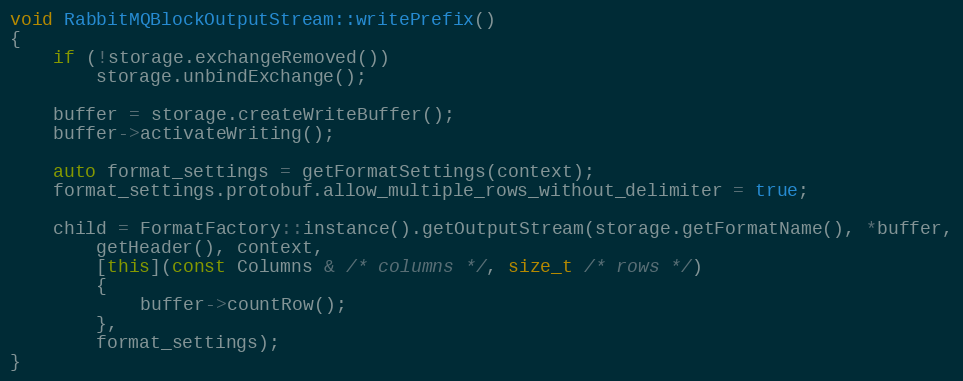
Language: C++
void RabbitMQBlockOutputStream::writePrefix()
{
    if (!storage.exchangeRemoved())
        storage.unbindExchange();

    buffer = storage.createWriteBuffer();
    buffer->activateWriting();

    auto format_settings = getFormatSettings(context);
    format_settings.protobuf.allow_multiple_rows_without_delimiter = true;

    child = FormatFactory::instance().getOutputStream(storage.getFormatName(), *buffer,
        getHeader(), context,
        [this](const Columns & /* columns */, size_t /* rows */)
        {
            buffer->countRow();
        },
        format_settings);
}